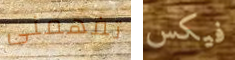
تفهمنى فيكس